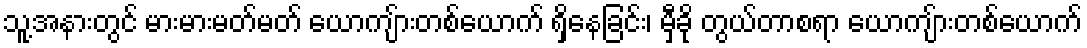
သူ့အနားတွင် မားမားမတ်မတ် ယောကျ်ားတစ်ယောက် ရှိနေခြင်း၊ မှီခို တွယ်တာစရာ ယောကျ်ားတစ်ယောက်